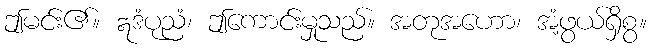
ဤမင်း၏။ ဣဒံပုညံ၊ ဤကောင်းမှုသည်။ အတုအဟော၊ အံ့ဖွယ်ရှိစွ။